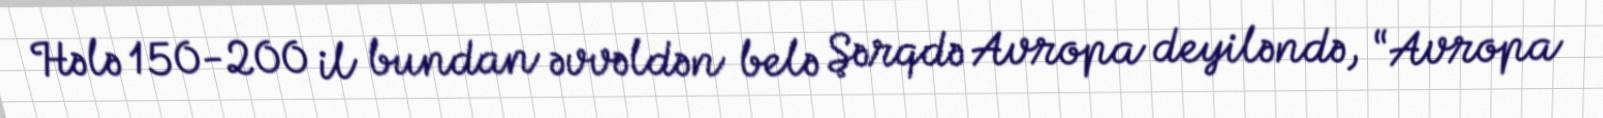
Hələ 150-200 il bundan əvvəldən belə Şərqdə Avropa deyiləndə, “Avropa